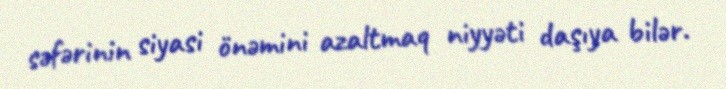
səfərinin siyasi önəmini azaltmaq niyyəti daşıya bilər.